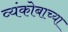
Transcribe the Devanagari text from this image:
व्यंकोबाच्या